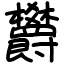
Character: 欝